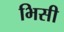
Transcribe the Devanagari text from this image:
भिसी